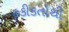
હકીકતોથી